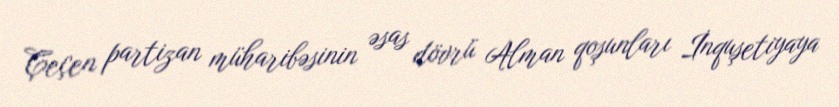
Çeçen partizan müharibəsinin əsas dövrü Alman qoşunları İnquşetiyaya